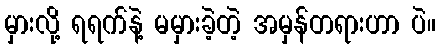
မှားလို့ ရရက်နဲ့ မမှားခဲ့တဲ့ အမှန်တရားဟာ ပဲ။